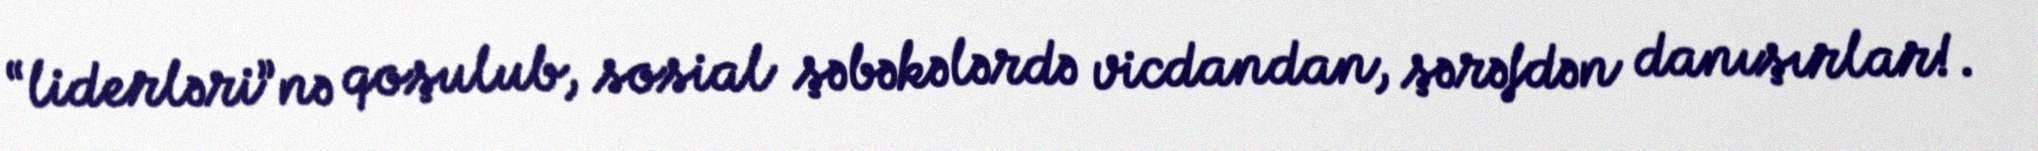
“liderləri”nə qoşulub, sosial şəbəkələrdə vicdandan, şərəfdən danışırlar!.